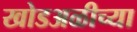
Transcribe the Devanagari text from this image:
खोडअळीच्या